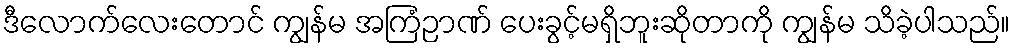
ဒီလောက်လေးတောင် ကျွန်မ အကြံဉာဏ် ပေးခွင့်မရှိဘူးဆိုတာကို ကျွန်မ သိခဲ့ပါသည်။